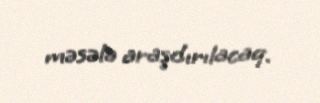
məsələ araşdırılacaq.